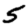
Digit: 5